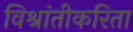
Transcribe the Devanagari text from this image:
विश्रांतीकरिता